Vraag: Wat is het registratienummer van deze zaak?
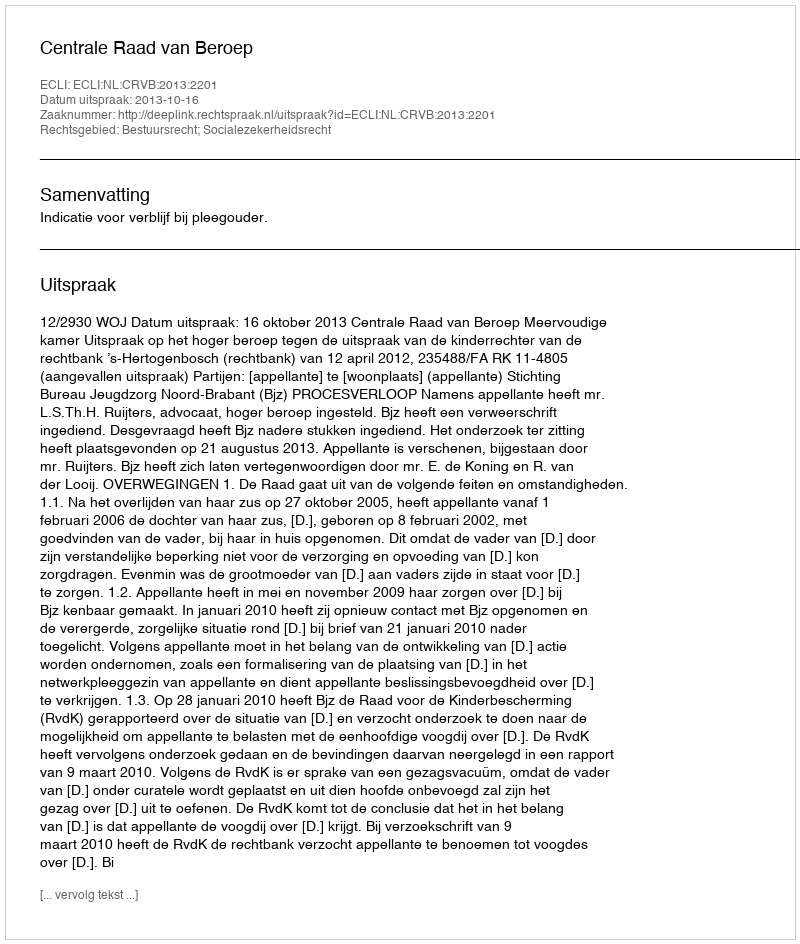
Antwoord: http://deeplink.rechtspraak.nl/uitspraak?id=ECLI:NL:CRVB:2013:2201